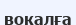
вокалға